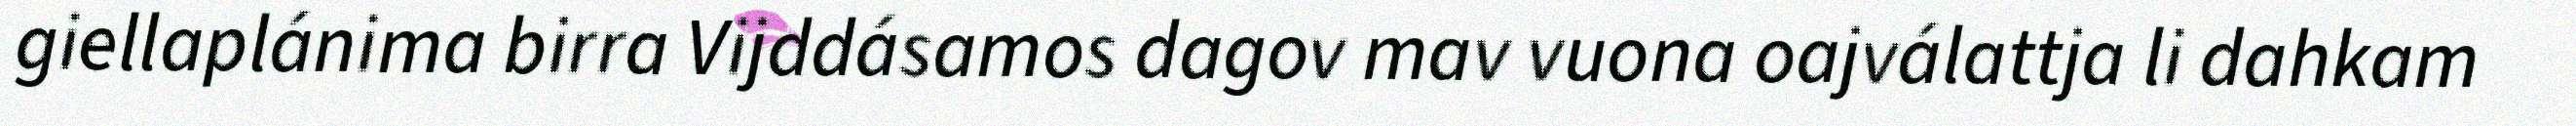
giellaplánima birra Vijddásamos dagov mav vuona oajválattja li dahkam